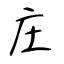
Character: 庄